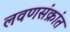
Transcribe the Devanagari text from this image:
लवणसंक्रांत